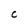
Character: C